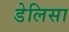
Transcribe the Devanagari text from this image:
डेलिसा